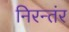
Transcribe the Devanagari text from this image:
निरन्तंर